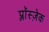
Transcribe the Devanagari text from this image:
प्लाॅस्ज़ेक